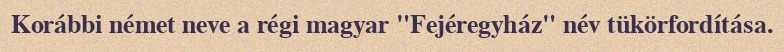
Korábbi német neve a régi magyar "Fejéregyház" név tükörfordítása.